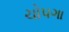
ચોપગા